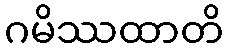
ဂမိဿထာတိ